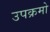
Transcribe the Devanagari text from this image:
उपक्रमो